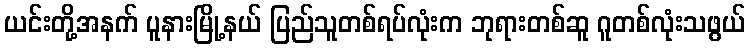
ယင်းတို့အနက် ပူနားမြို့နယ် ပြည်သူတစ်ရပ်လုံးက ဘုရားတစ်ဆူ ဂူတစ်လုံးသဖွယ်